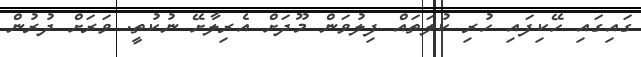
ގައިގައި ހޭކިފައި ހުރި ކުލަތައް ފިލުވަން މޫދަށް އެރިލާށޭ ނުކުތީ. ވަރަށް ދުރުން